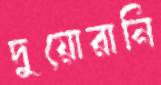
দুয়োরানি